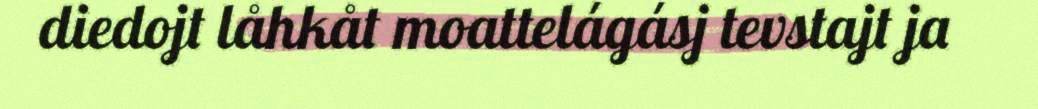
diedojt låhkåt moattelágásj tevstajt ja